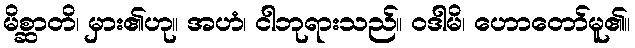
မိစ္ဆာတိ၊ မှား၏ဟု။ အဟံ၊ ငါဘုရားသည်။ ဝဒါမိ၊ ဟောတော်မူ၏။